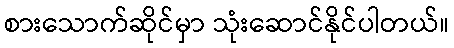
စားသောက်ဆိုင်မှာ သုံးဆောင်နိုင်ပါတယ်။